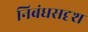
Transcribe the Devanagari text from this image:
निबंधसदृश